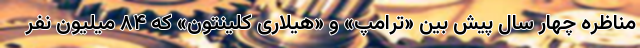
مناظره چهار سال پیش بین «ترامپ» و «هیلاری کلینتون» که ۸۴ میلیون نفر